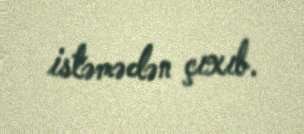
istəmədən çıxıb.